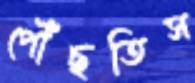
পৌঁছতিস